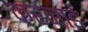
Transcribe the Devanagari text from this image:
करनाई